Medical and sanitary report on the native army of Bombay for the year
Year: 1878
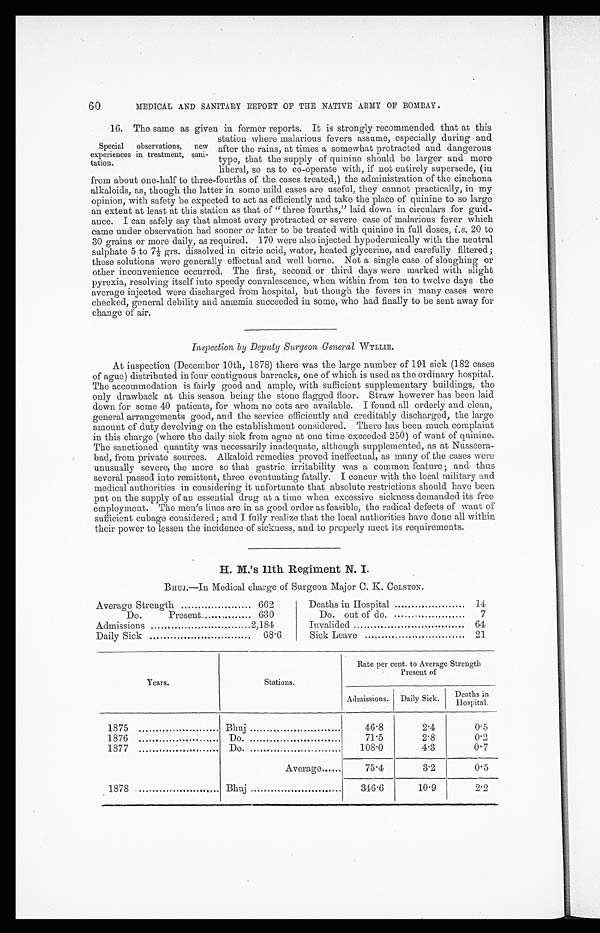
60
MEDICAL AND SANITARY REPORT OF THE NATIVE ARMY OF BOMBAY.
16. The same as given in former reports. It is strongly recommended that at this
Special observations, new
experiences in treatment, sani-
tation.
station where malarious fevers assume, especially during and
after the rains, at times a somewhat protracted and dangerous
type, that the supply of quinine should be larger and more
liberal, so as to co-operate with, if not entirely supersede, (in
from about one-half to three-fourths of the cases treated,) the administration of the cinchona
alkaloids, as, though the latter in some mild cases are useful, they cannot practically, in my
opinion, with safety be expected to act as efficiently and take the place of quinine to so large
an extent at least at this station as that of “three fourths,” laid down in circulars for guid--
ance. I can safely say that almost every protracted or severe case of malarious fever which
came under observation had sooner or later to be treated with quinine in full doses, i.e. 20 to
30 grains or more daily, as required. 170 were also injected hypodermically with the neutral
s u l p h a t e 5 t o 7 ½ g r s . d i s s o l v e d i n c i t r i c a c i d , wa t e r , h e a t e d g l y c e r i n e , a n d c a r e f u l l y f i l t e r e d ;
these solutions were generally effectual and well borne. Not a single case of sloughing or
other inconvenience occurred. The first, second or third days were marked with slight
pyrexia, resolving itself into speedy convalescence, when within from ten to twelve days the
average injected were discharged from hospital, but though the fevers in many cases were
checked, general debility and. anæmia succeeded in some, who had finally to be sent away for
change of air.
Inspection by Deputy Surgeon General WYLLIE.
At inspection (December 10th, 1878) there was the large number of 191 sick (182 cases
of ague) distributed in four contiguous barracks, one of which is used as the ordinary hospital.
The accommodation is fairly good and ample, with sufficient supplementary buildings, the
only drawback at this season being the stone flagged floor. Straw however has been laid
down for some 40 patients, for whom no cots are available. I found all orderly and clean,
general arrangements good, and the service efficiently and creditably discharged, the large
amount of duty devolving on the establishment considered. There has been much complaint
in this charge (where the daily sick from ague at one time exceeded 250) of want of quinine.
The sanctioned quantity was necessarily inadequate, although supplemented, as at Nusseera--
bad, from private sources. Alkaloid remedies proved ineffectual, as many of the cases were
unusually severe, the more so that gastric irritability was a common feature and thus
several passed into remittent, three eventuating fatally. I concur with the local military and
medical authorities in considering it unfortunate that absolute restrictions should have been
put on the supply of an essential drug at a time when excessive sickness demanded its free
employment. The men's lines are in as good. order as feasible, the radical defects of want of
sufficient cubage considered; and I fully realize that the local authorities have done all within
their power to lessen the incidence of sickness, and to properly meet its requirements.
H. M.'s 11th Regiment N. I.
BHUJ.—In Medical charge of Surgeon Major C. K. COLSTON.
Average Strength
662
Do.
Present
630
Admissions
2,184
Daily Sick
68.6
Deaths in Hospital
14
Do. out of do . . . . . . . . . . . . . . . . . . . . . . .
7
Invalided
64
Sick Leave
21
Years.
Stations.
Rate per cent. to Average Strength
Present of
Admissions.
Daily Sick.
Deaths in
Hospital.
1875
Bhuj
46.8
2.4
0.5
1876
Do.
71.5
2.8
0.2
1877
Do.
108.0
4.3
0.7
Average
75.4
3.2
0.5
1878
Bhuj
346.6
10.9
2. 2